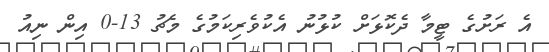
އެ ރަށުގެ ޓީމާ ދެކޮޅަށް ކުޅުނު އެކުވެރިކަމުގެ މެޗު 13-0 އިން ނިއު